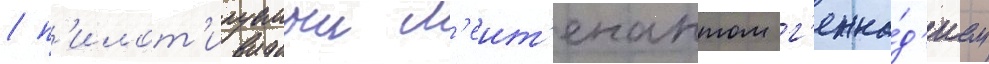
/ п'илот'ируемыи л'еит'енантом г'енна́д'ием